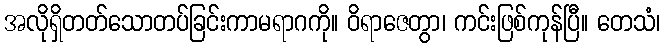
အလိုရှိတတ်သောတပ်ခြင်းကာမရာဂကို။ ဝိရာဇေတွာ၊ ကင်းဖြစ်ကုန်ပြီ။ တေသံ၊